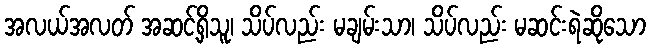
အလယ်အလတ် အဆင့်ရှိသူ၊ သိပ်လည်း မချမ်းသာ၊ သိပ်လည်း မဆင်းရဲဆိုသော